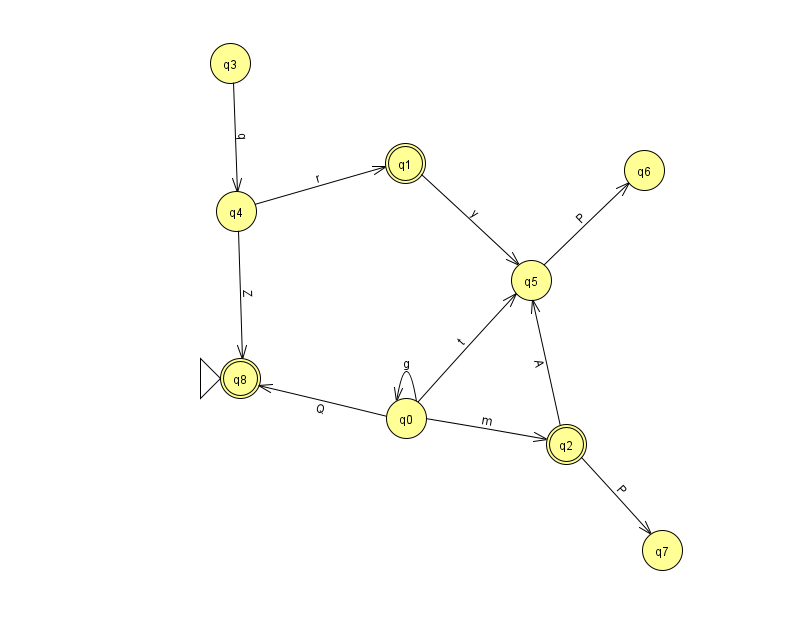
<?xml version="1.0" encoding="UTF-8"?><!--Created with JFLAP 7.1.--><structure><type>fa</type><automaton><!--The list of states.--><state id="0" name="q0"><x>406.0</x><y>405.0</y></state><state id="1" name="q1"><x>405.0</x><y>150.0</y><final/></state><state id="2" name="q2"><x>566.0</x><y>431.0</y><final/></state><state id="3" name="q3"><x>230.0</x><y>50.0</y></state><state id="4" name="q4"><x>236.0</x><y>198.0</y></state><state id="5" name="q5"><x>531.0</x><y>267.0</y></state><state id="6" name="q6"><x>644.0</x><y>157.0</y></state><state id="7" name="q7"><x>662.0</x><y>537.0</y></state><state id="8" name="q8"><x>240.0</x><y>365.0</y><initial/><final/></state><!--The list of transitions.--><transition><from>0</from><to>8</to><read>Q</read></transition><transition><from>0</from><to>2</to><read>m</read></transition><transition><from>2</from><to>7</to><read>P</read></transition><transition><from>1</from><to>5</to><read>y</read></transition><transition><from>2</from><to>5</to><read>A</read></transition><transition><from>4</from><to>8</to><read>Z</read></transition><transition><from>0</from><to>0</to><read>g</read></transition><transition><from>5</from><to>6</to><read>P</read></transition><transition><from>0</from><to>5</to><read>t</read></transition><transition><from>4</from><to>1</to><read>r</read></transition><transition><from>3</from><to>4</to><read>q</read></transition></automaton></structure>